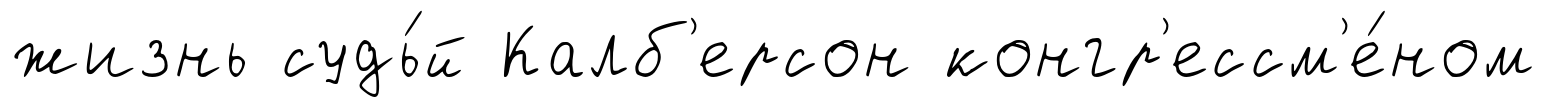
жизнь судь́й Калб'ерсон конгр'ессм'е́ном